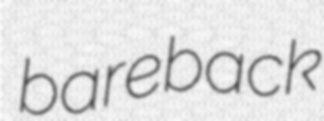
bareback